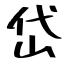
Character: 岱